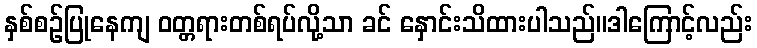
နှစ်စဉ်ပြုနေကျ ဝတ္တရားတစ်ရပ်လို့သာ ခင် နှောင်းသိထားပါသည်။ဒါကြောင့်လည်း